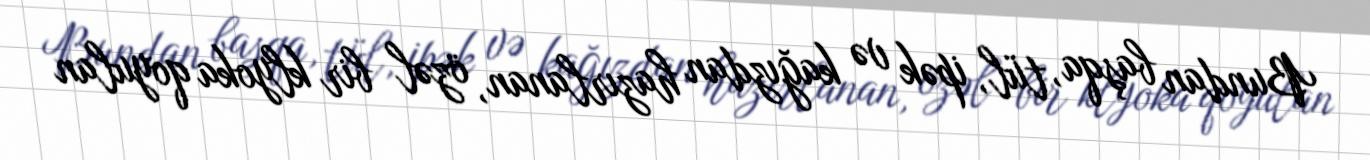
Bundan başqa, tül, ipək və kağızdan hazırlanan, özəl bir klyoka qoyulan